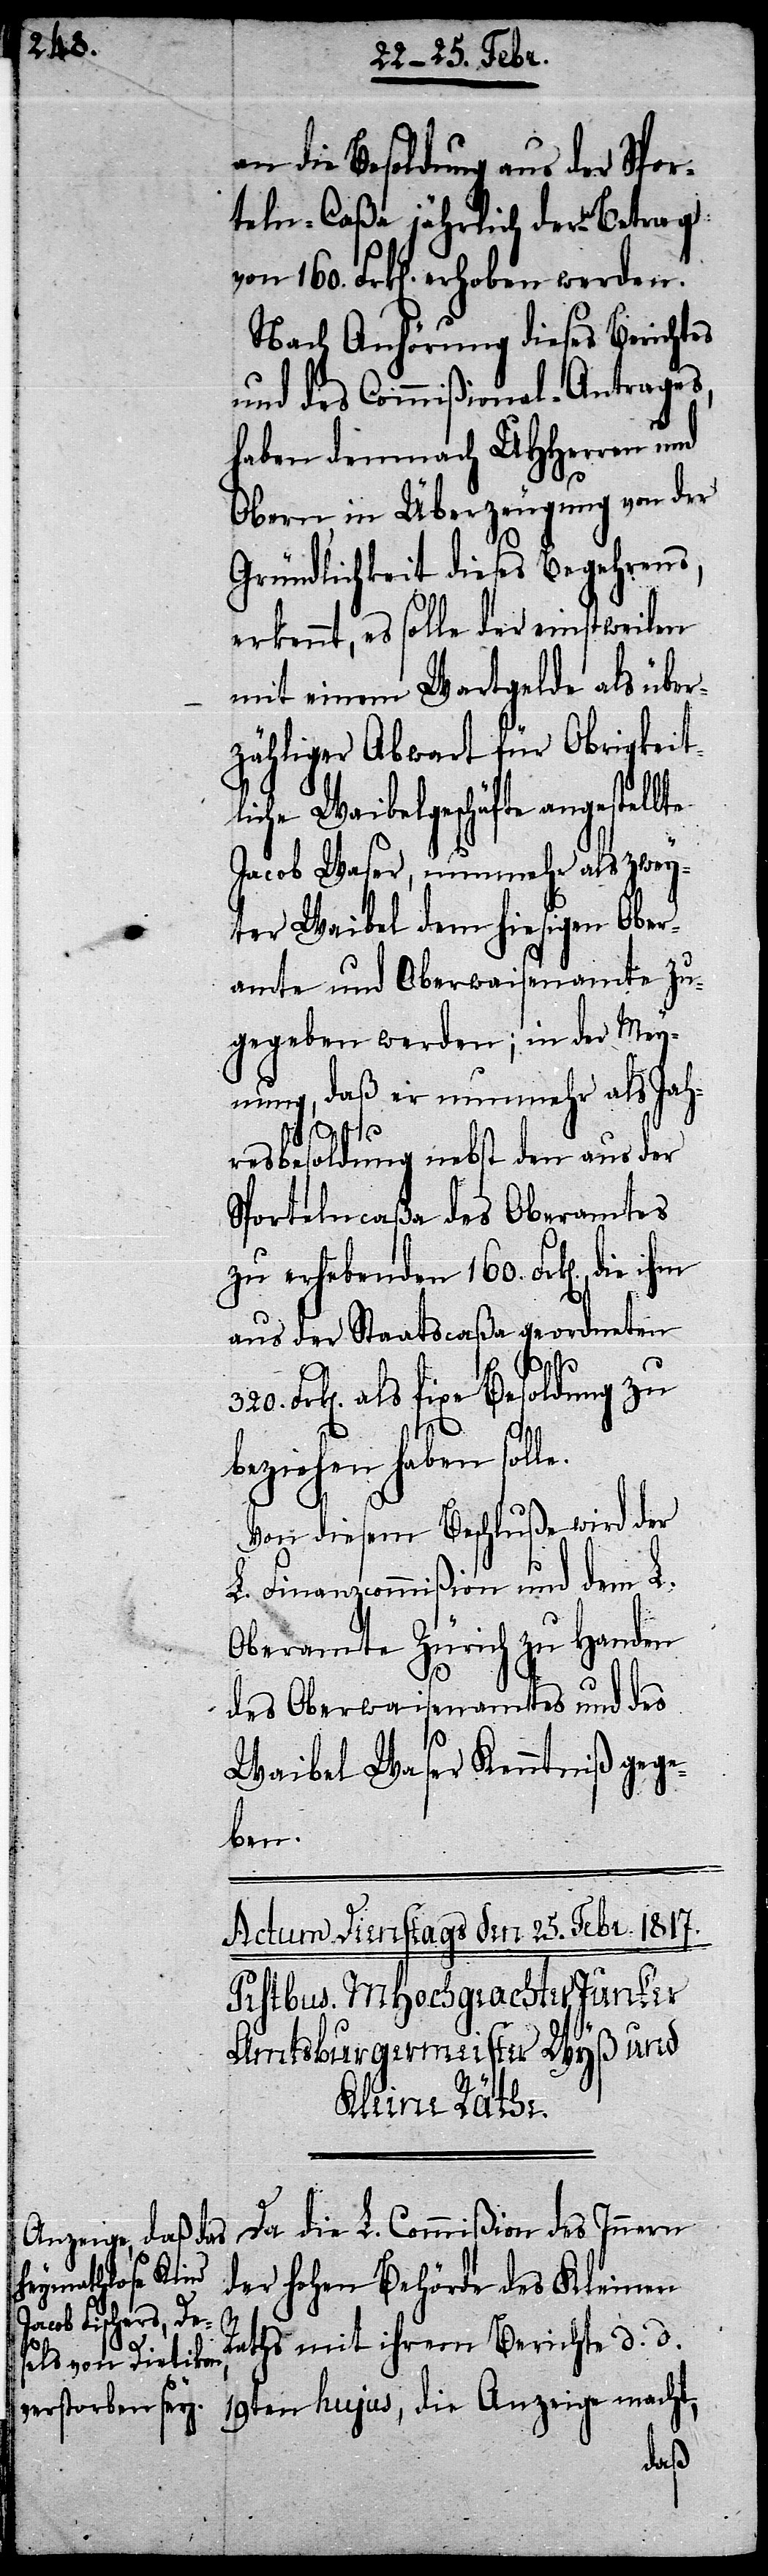
e.

an die Besoldung aus der Spor¬
teln-Caßa jährlich der Betrag
von 160. Frk[en]. erhoben werden.
Nach Anhörung dieses Berichtes
und des Commißional-Antrages,
haben demnach UHHerren und
Obern, in Überzeugung von der
Gründlichkeit dieses Begehrens,
erkennt, es solle der einstweilen
mit einem Wartgelde als über¬
zähliger Abwart für Obrigkeit¬
liche Waibelgeschäfte angestel¬
Jacob Waser, nunmehr als zwey¬
ter Waibel dem hiesigen Ober¬
amte und Oberwaisenamte zu¬
gegeben werden; in der Mey¬
nung, daß er nunmehr als Jah¬
resbesoldung nebst den aus der
Sportelncaßa des Oberamtes
zu erhebenden 160. Frk[en]., die
aus der Staatscaßa geordneten
Frk[en]. als fixe Besoldung zu
beziehen haben soll¬
Von diesem Beschluße wird der
L. Finanzcommißion und dem L.
Oberamte Zürich zu Handen
des Oberwaisenamtes und des
Waibel Waser Kenntniß gege¬
ben.
Da die L. Commißion des Innern
der hohen Behörde des Kleinen
Raths mit ihrem Berichte d. d.
19ten hujus, die Anzeige macht,